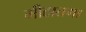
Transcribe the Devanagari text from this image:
मीठातगा